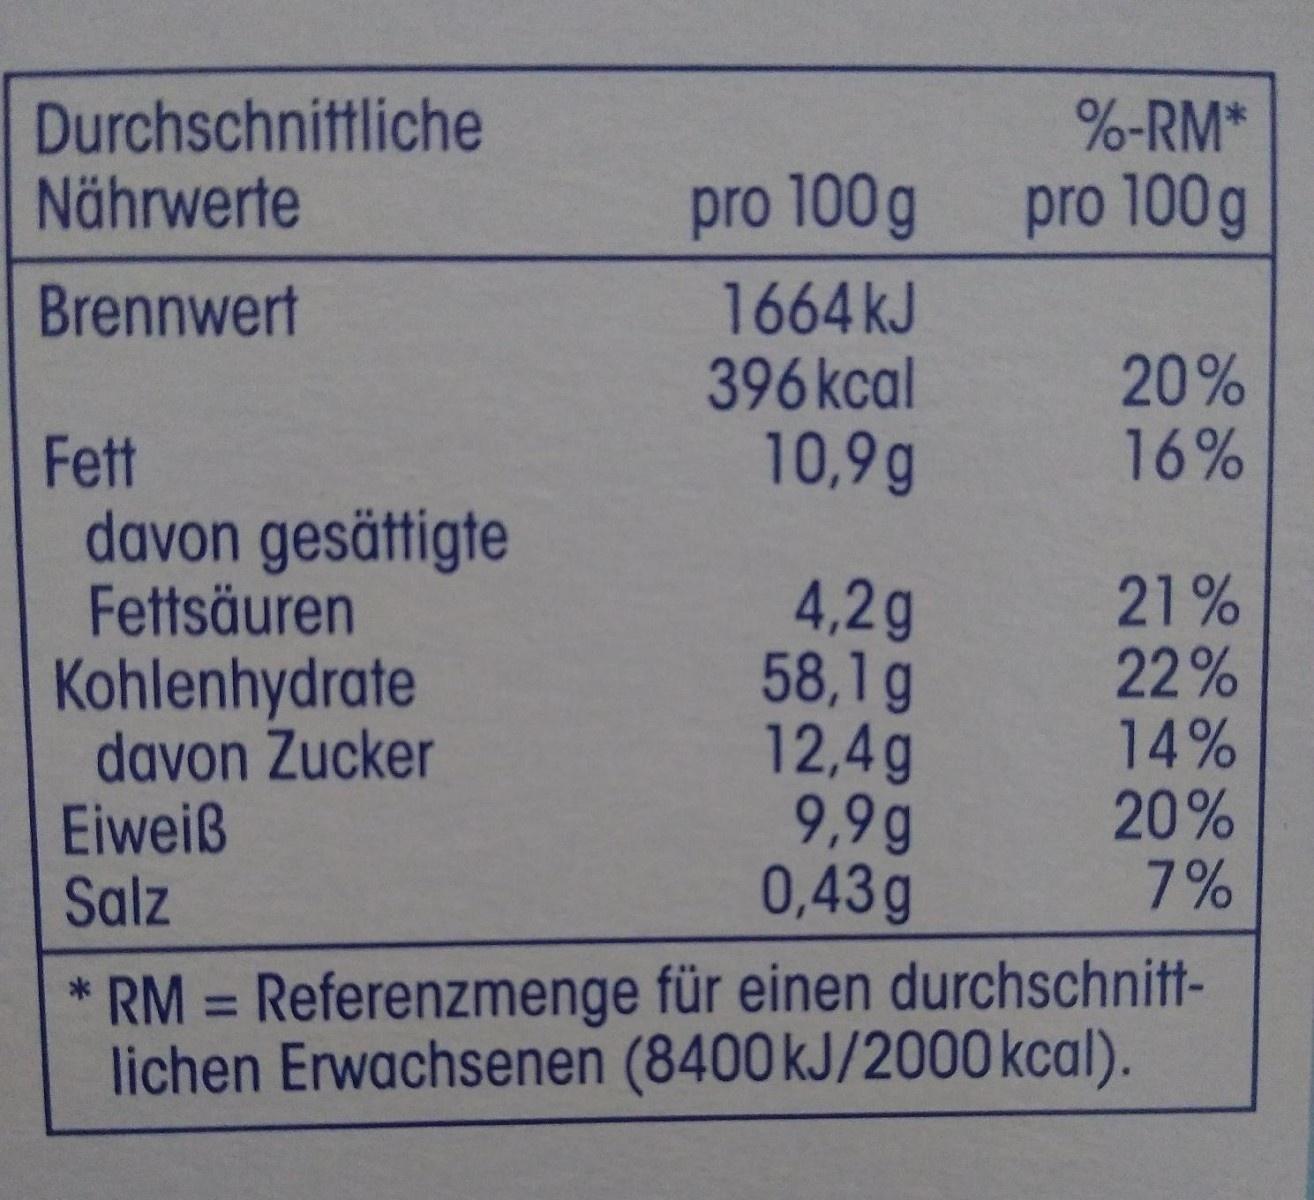
Durchschnittliche Nährwerte
%-RM*
pro 100g
pro 100g
1664 kJ 396kcal 10,9g
Brennwert
20% 16%
Fett davon gesättigte Fettsäuren Kohlenhydrate davon Zucker Eiweiß Salz
4,2g 58,1g 12,4g 9,9g 0,43g
21% 22% 14% 20% 7%
* RM = Referenzmenge für einen durchschnitt- lichen Erwachsenen (8400 kJ/2000 kcal).
%3D